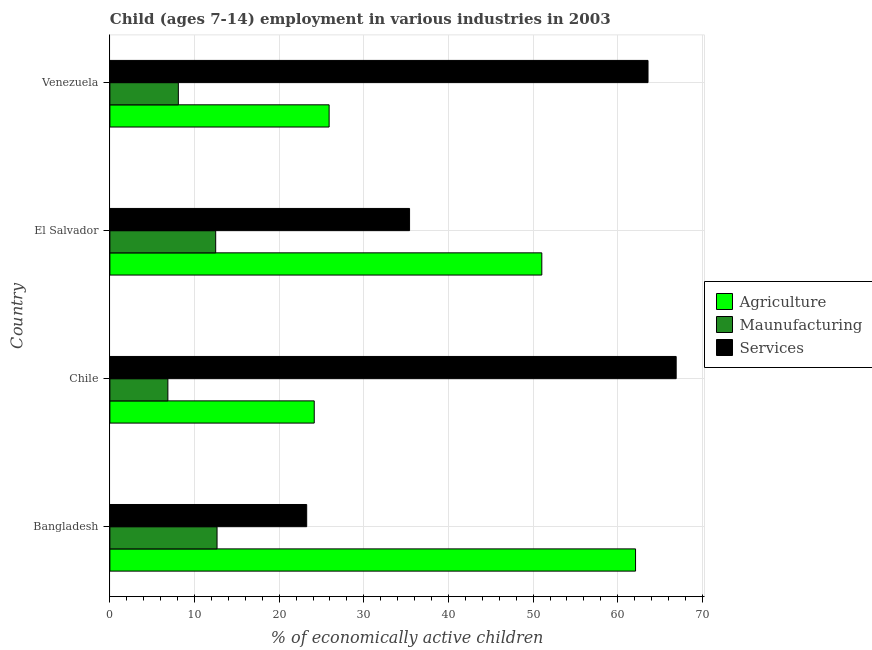
| Country | Agriculture | Maunufacturing | Services |
 | --- | --- | --- | --- |
 | Bangladesh | 62.1 | 12.7 | 23.2 |
 | Chile | 24.1 | 6.85 | 66.9 |
 | El Salvador | 51 | 12.5 | 35.4 |
 | Venezuela | 25.9 | 8.09 | 63.6 |